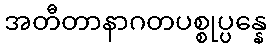
အတီတာနာဂတပစ္စုပ္ပန္နေ